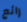
رائع